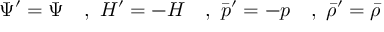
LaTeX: \Psi ^ { \prime } = \Psi \quad , ~ H ^ { \prime } = - H \quad , ~ { \bar { p } ^ { \prime } } = - p \quad , ~ { \bar { \rho } ^ { \prime } } = { \bar { \rho } }